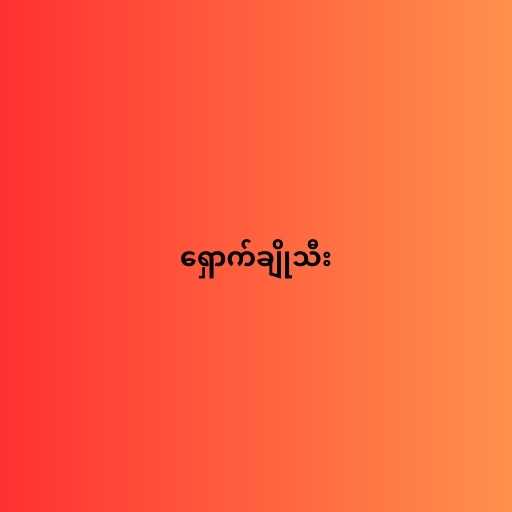
ရှောက်ချိုသီး